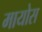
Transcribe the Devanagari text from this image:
मायोस